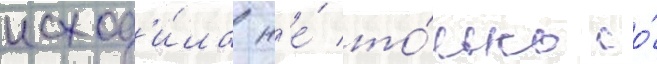
исход'и́ла н'е́ то́лько со́